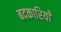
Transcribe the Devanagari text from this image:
बदकारियाँ